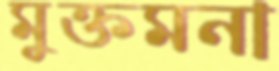
মুক্তমনা